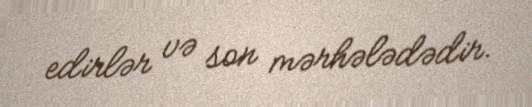
edirlər və son mərhələdədir.